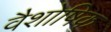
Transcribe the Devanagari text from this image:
वैशोषिक